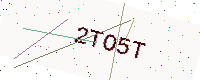
Text: 2TO5T